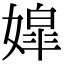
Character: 𡠖